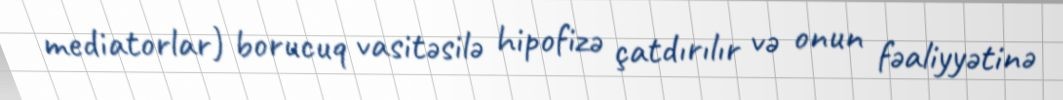
mediatorlar) borucuq vasitəsilə hipofizə çatdırılır və onun fəaliyyətinə